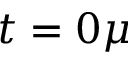
t = 0 \mu